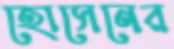
হোসেনের